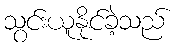
သွင်းယူနိုင်ခဲ့သည်